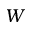
W